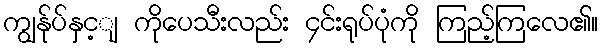
ကျွန်ုပ်နှင့ျ ကိုပေသီးလည်း ၄င်းရုပ်ပုံကို ကြည့်ကြလေ၏။